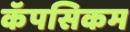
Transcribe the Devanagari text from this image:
कॅपसिकम